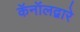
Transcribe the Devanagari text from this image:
कॅनॉलद्वारे